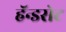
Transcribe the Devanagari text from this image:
हॅन्डसेट